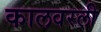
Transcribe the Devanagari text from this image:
कालवरली